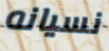
نسيانه